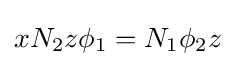
xN_{2}z\phi _{1}=N_{1}\phi _{2}z